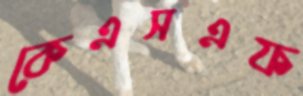
কেএসএফ